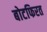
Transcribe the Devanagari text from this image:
बोटफिरत